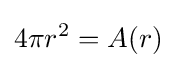
4\pi r^{2}=A(r)